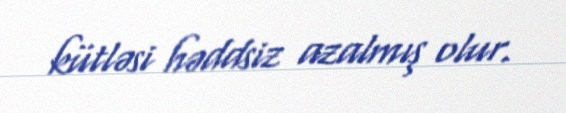
kütləsi həddsiz azalmış olur.